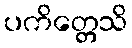
ပကိတ္တေသိ